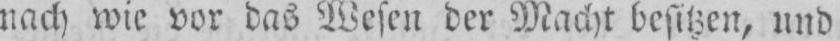
nach wie vor das Wesen der Macht besitzen, und